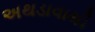
અથડાવાથી